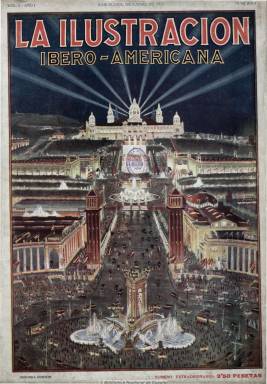
Título: La Ilustración ibero-americana
Otros títulos: Ilustración ibero americana || Ilustración iberoamericana
Colección: Revistas de información general
Ámbito geográfico: Barcelona
Lugar de publicación: Barcelona
Fechas: 01/12/1929-31/12/1930

Publicación mensual, aunque su periodicidad fue irregular, en torno a un centenar de páginas por número, que aparece coincidiendo con la celebración de las exposiciones internacionales de Barcelona y la ibero-americana de Sevilla. Muy ilustrada, con profusión de fotografías, algunas en color o coloreadas, y crónicas de contenido económico, comercial, industrial, artístico (pintura), cultural (teatro, literatura), turístico, arqueológico, social, de viajes, modas, deportes, etc. También contiene narraciones, cuentos o novelas de escritores célebres.

Tuvo redacciones en Madrid y París y corresponsales en las principales capitales hispanoamericanas, a las que les dedicó una destacada atención. Asimismo informó sobre los stands, pabellones y demás acontecimientos de las citadas exposiciones internacionales, e insertó contenidos sobre los principales actores políticos e institucionales del momento, junto a una abundante publicidad comercial. Algunos textos están redactados también en inglés y francés.